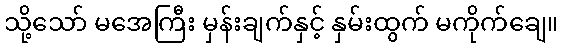
သို့သော် မအေကြီး မှန်းချက်နှင့် နှမ်းထွက် မကိုက်ချေ။